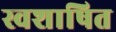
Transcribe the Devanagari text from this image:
स्वशाषित